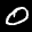
Label: 0